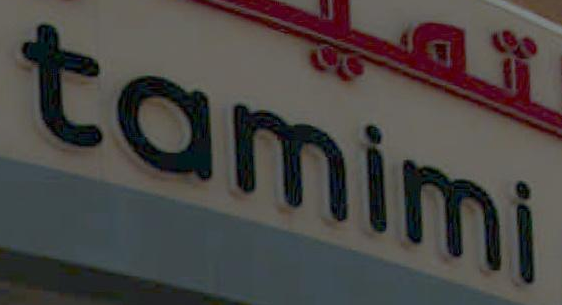
tamimi